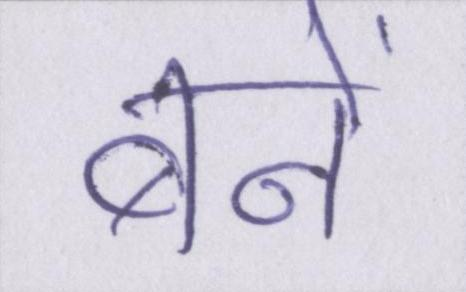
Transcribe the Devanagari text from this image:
बनें